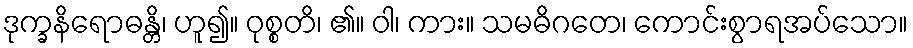
ဒုက္ခနိရောဓန္တိ၊ ဟူ၍။ ဝုစ္စတိ၊ ၏။ ဝါ၊ ကား။ သမဓိဂတေ၊ ကောင်းစွာရအပ်သော။